Civil Veterinary Dept. Assam report 1927-50 - 1927-1950
Year: 1927
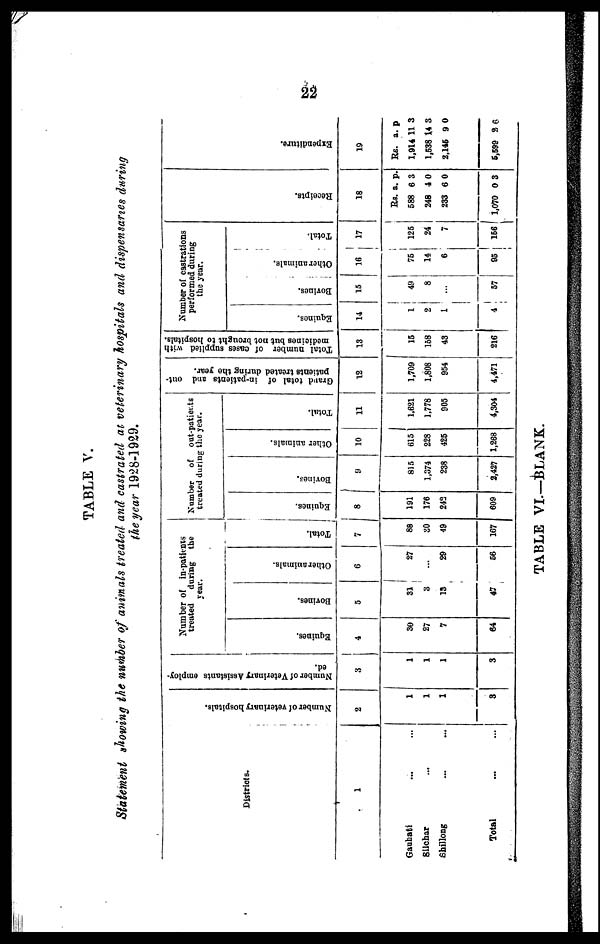
22
TABLE V.
Statement showing the number of animals treated and castrated at veterinary hospitals and dispensaries during
the year 1928-1929.
Districts.
1
Gauhati ... ...
Silchar ...
Shillong ... ...
Total ... ...
Number of veterinary hospitals.
2
1
1
1
3
Number of Veterinary Assistants employ-
ed.
8
1
1
1
3
Number of in-patients
treated
during the
year.
Equines.
4
30
27
7
64
Bovines.
5
31
3
13
47
Other animals.
6
27
...
29
56
Total.
7
88
30
49
167
Number
of out-patients
treated during the year.
Equines.
8
191
176
242
609
Bovines.
9
815
1,374
238
2,427
Other animals.
10
615
228
425
1,268
Total.
11
1,621
1,778
905
4,304
Grand total of in-patients and out-
patients treated during the year.
12
1,709
1,808
954
4,471
Total number of cases supplied with
medicines but not brought to hospitals.
13
15
158
43
216
Number of castrations
performed during
the year.
Equines.
14
1
2
1
4
Bovines.
15
49
8
...
57
Other animals.
16
75
14
6
95
Total.
17
125
24
7
156
Receipts.
18
Rs.
588
248
233
1,070
a.
6
4
6
0
p.
3
0
0
3
Expenditure.
19
Rs.
1,914
1,538
2,145
5,599
a.
11
14
9
2
p
3
3
0
6
TABLE VI—BLANK.